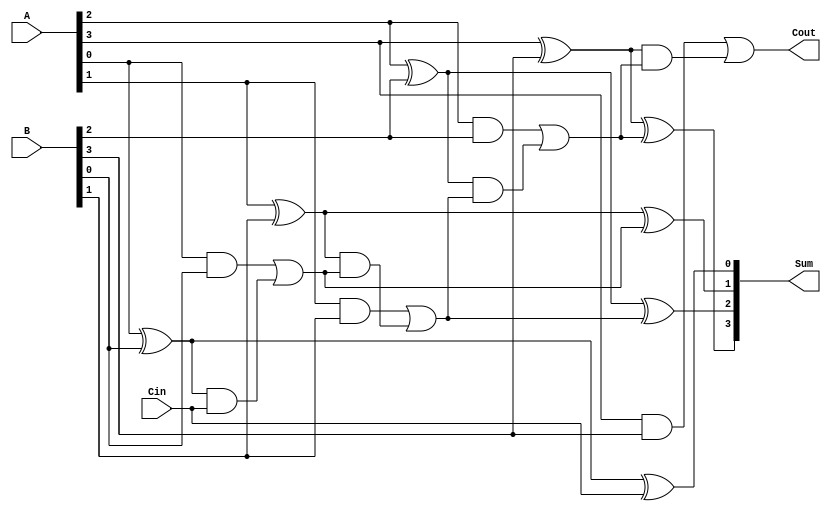
module ParallelFullAdder #(parameter N = 4) (
    input  [N-1:0] A,      // N-bit binary number A
    input  [N-1:0] B,      // N-bit binary number B
    input         Cin,      // Carry input
    output [N-1:0] Sum,     // N-bit sum output
    output        Cout       // Carry output
);

    wire [N:0] carry; // Carry wires for each bit, carry[N] is the final carry out

    // Assign the initial carry input
    assign carry[0] = Cin;

    // Generate Full Adder for each bit
    genvar i;
    generate
        for (i = 0; i < N; i = i + 1) begin : full_adder
            // Sum calculation
            assign Sum[i] = A[i] ^ B[i] ^ carry[i];

            // Carry calculation
            assign carry[i + 1] = (A[i] & B[i]) | ((A[i] ^ B[i]) & carry[i]);
        end
    endgenerate

    // Final carry out
    assign Cout = carry[N];

endmodule